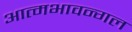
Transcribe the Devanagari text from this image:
आत्मभावन्गल